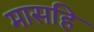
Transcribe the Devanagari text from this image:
मासहि